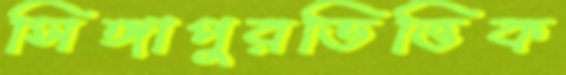
সিঙ্গাপুরভিত্তিক